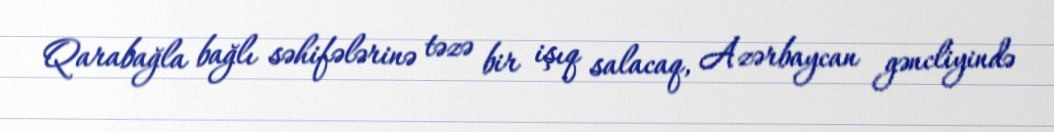
Qarabağla bağlı səhifələrinə təzə bir işıq salacaq, Azərbaycan gəncliyində